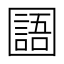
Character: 𡈰